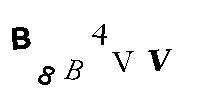
B8B4VV